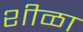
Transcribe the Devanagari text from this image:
शीळा